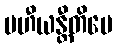
ပဟီယန္တီတိပေ